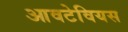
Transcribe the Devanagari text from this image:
आवटेवियस